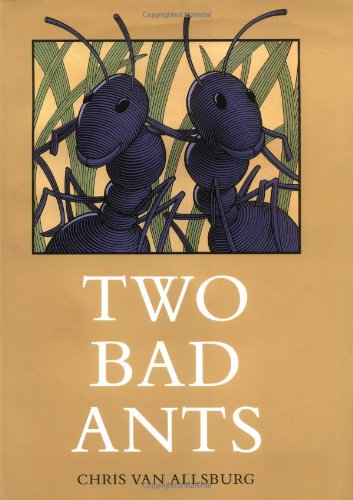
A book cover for Two Bad Ants; Chris Van Allsburg; Children's Books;